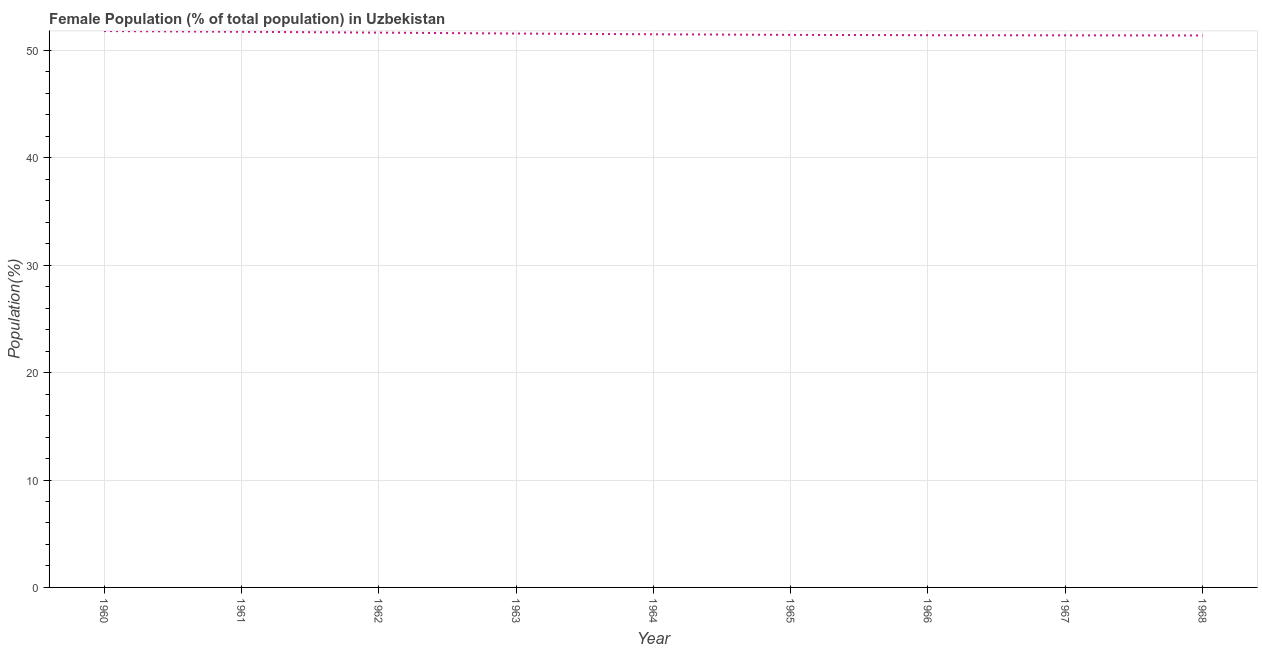
| Year | Female |
 | --- | --- |
 | 1960 | 51.8 |
 | 1961 | 51.7 |
 | 1962 | 51.6 |
 | 1963 | 51.6 |
 | 1964 | 51.5 |
 | 1965 | 51.4 |
 | 1966 | 51.4 |
 | 1967 | 51.4 |
 | 1968 | 51.4 |